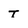
Character: t